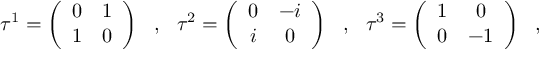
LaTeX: \tau ^ { 1 } = \left( \begin{array} { c c } { { 0 } } & { { 1 } } \\ { { 1 } } & { { 0 } } \end{array} \right) \ \ , \ \ \tau ^ { 2 } = \left( \begin{array} { c c } { { 0 } } & { { - i } } \\ { { i } } & { { 0 } } \end{array} \right) \ \ , \ \ \tau ^ { 3 } = \left( \begin{array} { c c } { { 1 } } & { { 0 } } \\ { { 0 } } & { { - 1 } } \end{array} \right) \ \ ,